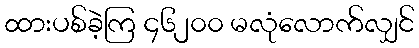
ထားပစ်ခဲ့ကြ ၄၆၂၀၀ မလုံလောက်လျှင်